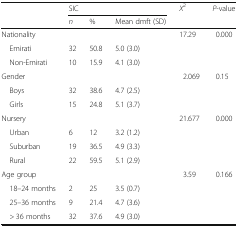
| <ROWSPAN=2>  | <COLSPAN=3> SIC | X2 | P-value |
 | n | % | Mean dmft (SD) |  |  |
 | --- | --- | --- | --- | --- | --- |
 | Nationality |  |  |  | 17.29 | 0.000 |
 | Emirati | 32 | 50.8 | 5.0 (3.0) |  |  |
 | Non-Emirati | 10 | 15.9 | 4.1 (3.0) |  |  |
 | Gender |  |  |  | 2.069 | 0.15 |
 | Boys | 32 | 38.6 | 4.7 (2.5) |  |  |
 | Girls | 15 | 24.8 | 5.1 (3.7) |  |  |
 | Nursery |  |  |  | 21.677 | 0.000 |
 | Urban | 6 | 12 | 3.2 (1.2) |  |  |
 | Suburban | 19 | 36.5 | 4.9 (3.3) |  |  |
 | Rural | 22 | 59.5 | 5.1 (2.9) |  |  |
 | Age group |  |  |  | 3.59 | 0.166 |
 | 18–24 months | 2 | 25 | 3.5 (0.7) |  |  |
 | 25–36 months | 9 | 21.4 | 4.7 (3.6) |  |  |
 | > 36 months | 32 | 37.6 | 4.9 (3.0) |  |  |